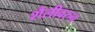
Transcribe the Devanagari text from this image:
शैलीवरुन